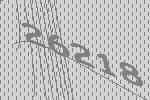
26218